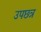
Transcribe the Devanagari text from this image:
उपछत्र